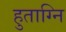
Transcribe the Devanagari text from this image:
हुताग्नि